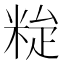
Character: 𥹼